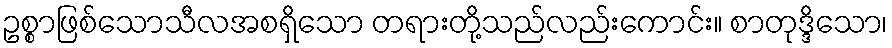
ဥစ္စာဖြစ်သောသီလအစရှိသော တရားတို့သည်လည်းကောင်း။ စာတုဒ္ဒိသော၊